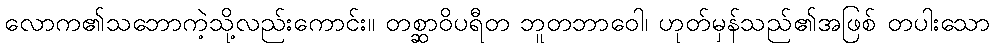
လောက၏သဘောကဲ့သို့လည်းကောင်း။ တစ္ဆာဝိပရီတ ဘူတဘာဝေါ၊ ဟုတ်မှန်သည်၏အဖြစ် တပါးသော